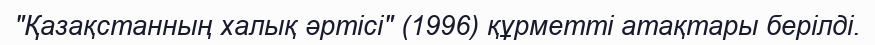
"Қазақстанның халық әртісі" (1996) құрметті атақтары берілді.